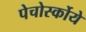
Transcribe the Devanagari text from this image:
पेचोर्स्कोये